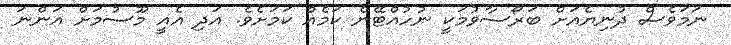
ނަމަވެސް ދުނިޔެއަށް ބަރޯސާވުމަކީ ނުހުއްޓޭނެ ކަމެއް ކަމަށެވެ. އަދި އެއީ މޫސުމަށް އަންނަ